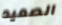
الصعيد